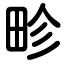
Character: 畛